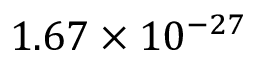
1 . 6 7 \times 1 0 ^ { - 2 7 }